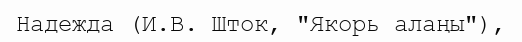
Надежда (И.В. Шток, "Якорь алаңы"),